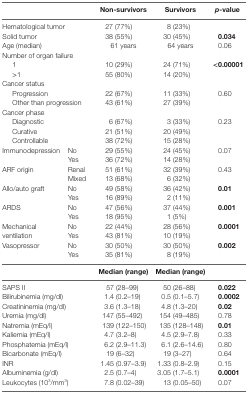
<table><thead><tr><td colspan="2"></td><td><b>Non-survivors</b></td><td><b>Survivors</b></td><td><b><i>p</i>-value</b></td></tr></thead><tbody><tr><td colspan="2">Hematological tumor</td><td>27 (77%)</td><td>8 (23%)</td><td></td></tr><tr><td colspan="2">Solid tumor</td><td>38 (55%)</td><td>30 (45%)</td><td><b>0.034</b></td></tr><tr><td colspan="2">Age (median)</td><td>61 years</td><td>64 years</td><td>0.06</td></tr><tr><td colspan="2">Number of organ failure</td><td></td><td></td><td></td></tr><tr><td colspan="2"> 1</td><td>10 (29%)</td><td>24 (71%)</td><td><b>&lt;0.00001</b></td></tr><tr><td colspan="2"> &gt;1</td><td>55 (80%)</td><td>14 (20%)</td><td></td></tr><tr><td colspan="2">Cancer status</td><td></td><td></td><td></td></tr><tr><td colspan="2"> Progression</td><td>22 (67%)</td><td>11 (33%)</td><td>0.60</td></tr><tr><td colspan="2"> Other than progression</td><td>43 (61%)</td><td>27 (39%)</td><td></td></tr><tr><td colspan="2">Cancer phase</td><td></td><td></td><td></td></tr><tr><td colspan="2"> Diagnostic</td><td>6 (67%)</td><td>3 (33%)</td><td>0.23</td></tr><tr><td colspan="2"> Curative</td><td>21 (51%)</td><td>20 (49%)</td><td></td></tr><tr><td colspan="2"> Controllable</td><td>38 (72%)</td><td>15 (28%)</td><td></td></tr><tr><td rowspan="2">Immunodepression</td><td>No</td><td>29 (55%)</td><td>24 (45%)</td><td rowspan="2">0.07</td></tr><tr><td>Yes</td><td>36 (72%)</td><td>14 (28%)</td></tr><tr><td rowspan="2">ARF origin</td><td>Renal</td><td>51 (61%)</td><td>32 (39%)</td><td rowspan="2">0.43</td></tr><tr><td>Mixed</td><td>13 (68%)</td><td>6 (32%)</td></tr><tr><td rowspan="2">Allo/auto graft</td><td>No</td><td>49 (58%)</td><td>36 (42%)</td><td rowspan="2"><b>0.01</b></td></tr><tr><td>Yes</td><td>16 (89%)</td><td>2 (11%)</td></tr><tr><td rowspan="2">ARDS</td><td>No</td><td>47 (56%)</td><td>37 (44%)</td><td rowspan="2"><b>0.001</b></td></tr><tr><td>Yes</td><td>18 (95%)</td><td>1 (5%)</td></tr><tr><td rowspan="2">Mechanical ventilation</td><td>No</td><td>22 (44%)</td><td>28 (56%)</td><td rowspan="2"><b>0.0001</b></td></tr><tr><td>Yes</td><td>43 (81%)</td><td>10 (19%)</td></tr><tr><td rowspan="2">Vasopressor</td><td>No</td><td>30 (50%)</td><td>30 (50%)</td><td rowspan="2"><b>0.002</b></td></tr><tr><td>Yes</td><td>35 (81%)</td><td>8 (19%)</td></tr><tr><td colspan="2"></td><td><b>Median (range)</b></td><td><b>Median (range)</b></td><td></td></tr><tr><td colspan="2">SAPS II</td><td>57 (28–99)</td><td>50 (26–88)</td><td><b>0.022</b></td></tr><tr><td colspan="2">Bilirubinemia (mg/dl)</td><td>1.4 (0.2–19)</td><td>0.5 (0.1–5.7)</td><td><b>0.0002</b></td></tr><tr><td colspan="2">Creatininemia (mg/dl)</td><td>3.6 (1.3–18)</td><td>4.8 (1.3–20)</td><td><b>0.02</b></td></tr><tr><td colspan="2">Uremia (mg/dl)</td><td>147 (55–492)</td><td>154 (49–485)</td><td>0.78</td></tr><tr><td colspan="2">Natremia (mEq/l)</td><td>139 (122–150)</td><td>135 (128–148)</td><td><b>0.01</b></td></tr><tr><td colspan="2">Kaliemia (mEq/l)</td><td>4.7 (3.2–8)</td><td>4.5 (2.9–7.8)</td><td>0.33</td></tr><tr><td colspan="2">Phosphatemia (mEq/l)</td><td>6.2 (2.9–11.3)</td><td>6.1 (2.6–14.6)</td><td>0.80</td></tr><tr><td colspan="2">Bicarbonate (mEq/l)</td><td>19 (6–32)</td><td>19 (3–27)</td><td>0.64</td></tr><tr><td colspan="2">INR</td><td>1.45 (0.97–3.9)</td><td>1.33 (0.8–2.9)</td><td>0.15</td></tr><tr><td colspan="2">Albuminemia (g/dl)</td><td>2.5 (0.7–4)</td><td>3.05 (1.7–5.1)</td><td><b>0.0001</b></td></tr><tr><td colspan="2">Leukocytes (10<sup>3</sup>/mm<sup>3</sup>)</td><td>7.8 (0.02–39)</td><td>13 (0.05–50)</td><td>0.07</td></tr></tbody></table>